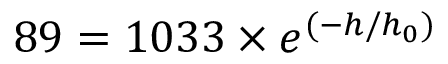
8 9 = 1 0 3 3 \times e ^ { ( - h / h _ { 0 } ) }